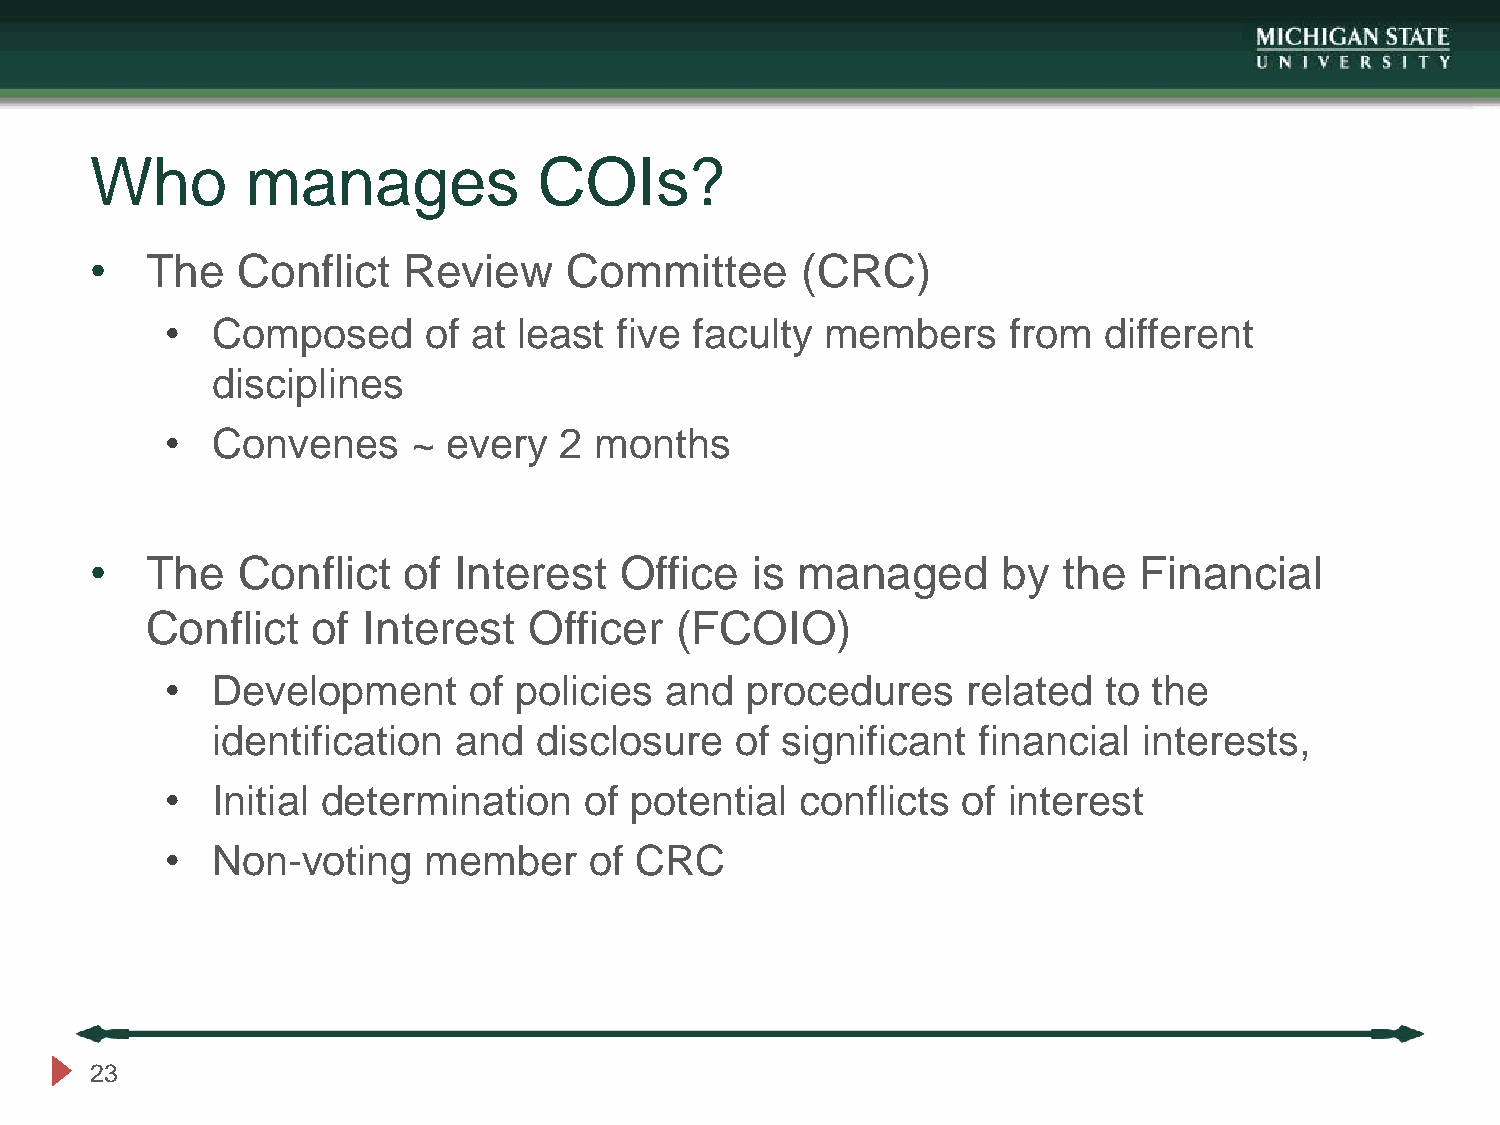
Who       manages             COIs?
 •   The   Conflict   Review     Committee      (CRC)
 •  Composed      of at least  five faculty  members     from  different
 disciplines
 •  Convenes     ~  every  2 months
 •   The   Conflict   of Interest   Office   is managed      by  the  Financial
 Conflict   of Interest   Officer   (FCOIO)
 •  Development      of policies  and  procedures     related  to the
 identification  and  disclosure    of significant  financial  interests,
 •  Initial determination    of potential  conflicts  of interest
 •  Non-voting    member     of CRC
 23